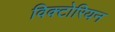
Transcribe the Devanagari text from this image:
विक्‍टोरियन